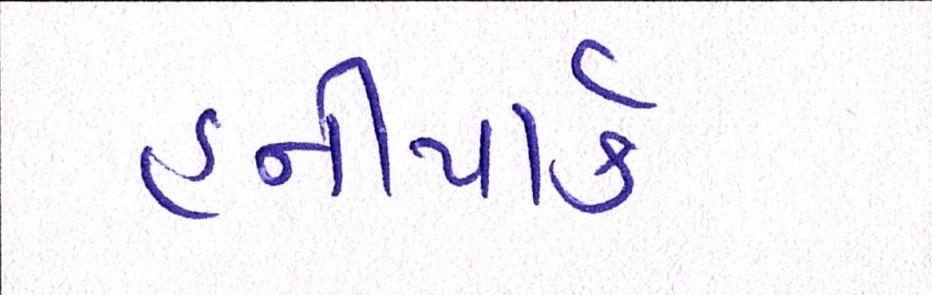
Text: હનીપાર્ક